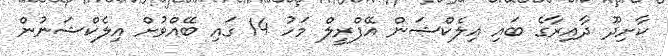
ކާށިދޫ ދާއިރާގެ ބައި އިލެކްޝަން އޭފްރީލް މަހު 14 ގައި ބޭއްވުށް އިލެކްޝަނުން